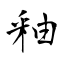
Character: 釉